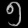
Digit: ၅